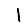
Digit: 1